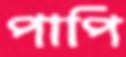
পাপি